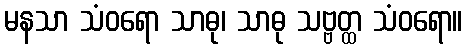
မနသာ သံဝရော သာဓု၊ သာဓု သဗ္ဗတ္ထ သံဝရော။